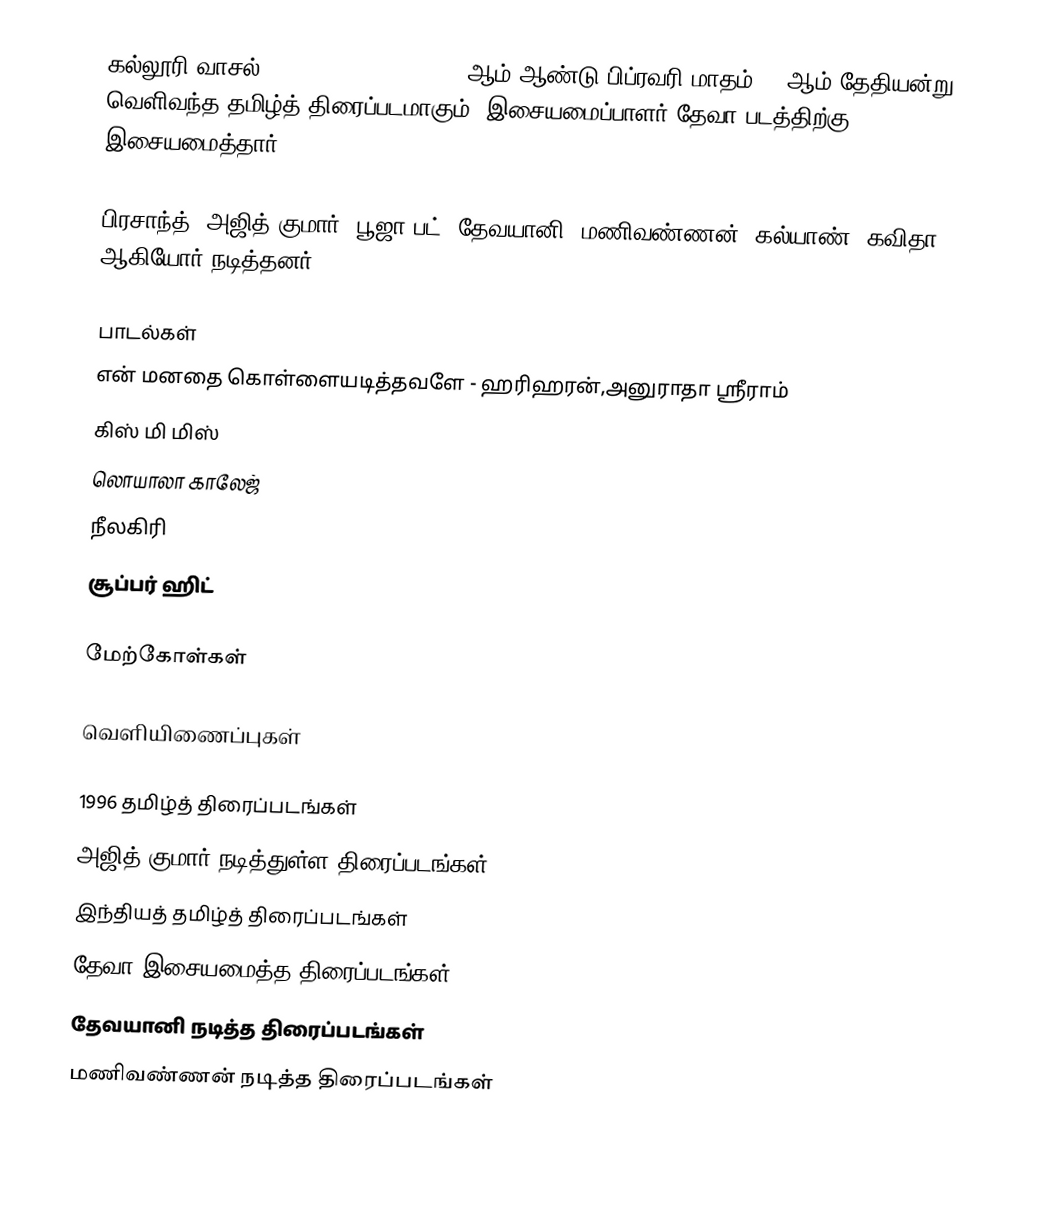
கல்லூரி வாசல் (Kalloori Vaasal) 1996 ஆம் ஆண்டு பிப்ரவரி மாதம் 18 ஆம் தேதியன்று வெளிவந்த தமிழ்த் திரைப்படமாகும். இசையமைப்பாளர் தேவா படத்திற்கு இசையமைத்தார்.

பிரசாந்த், அஜித் குமார், பூஜா பட், தேவயானி, மணிவண்ணன், கல்யாண், கவிதா ஆகியோர் நடித்தனர்.

பாடல்கள்
என் மனதை கொள்ளையடித்தவளே - ஹரிஹரன்,அனுராதா ஸ்ரீராம்
கிஸ் மி மிஸ்
லொயாலா காலேஜ்
நீலகிரி
சூப்பர் ஹிட்

மேற்கோள்கள்

வெளியிணைப்புகள்

1996 தமிழ்த் திரைப்படங்கள்
அஜித் குமார் நடித்துள்ள திரைப்படங்கள்
இந்தியத் தமிழ்த் திரைப்படங்கள்
தேவா இசையமைத்த திரைப்படங்கள்
தேவயானி நடித்த திரைப்படங்கள்
மணிவண்ணன் நடித்த திரைப்படங்கள்